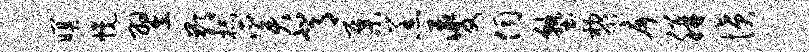
暝幌翌鄙杯奚背集羔夔伺塾黎戽胼愤